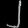
Digit: ၂